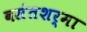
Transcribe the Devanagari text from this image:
वसंतशर्मा